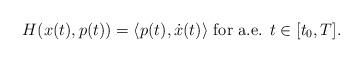
LaTeX: \begin{align*}H(x(t),p(t))= \langle p(t), \dot{x}(t) \rangle \mbox{ for a.e. } t \in [t_0,T].\end{align*}